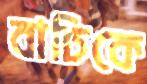
বাচিকে